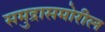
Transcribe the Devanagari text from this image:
समुद्रासमोरील